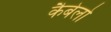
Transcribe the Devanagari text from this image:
कैबेलो